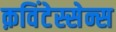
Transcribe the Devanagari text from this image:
क़विंटेस्सेन्स